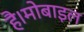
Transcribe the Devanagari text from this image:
है।मोबाइल